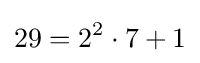
29=2^{2}\cdot 7+1